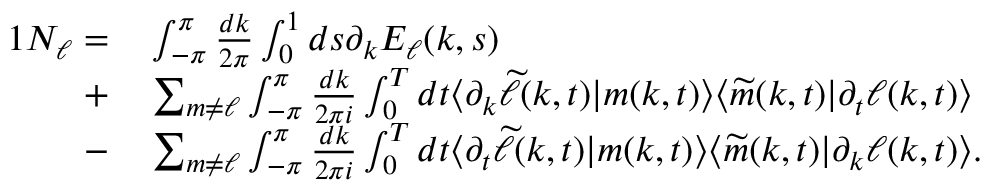
\begin{array} { r l } { { 1 } N _ { \ell } = } & { { } \int _ { - \pi } ^ { \pi } \frac { d k } { 2 \pi } \int _ { 0 } ^ { 1 } d s \partial _ { k } E _ { \ell } ( k , s ) } \\ { + } & { { } \sum _ { m \neq \ell } \int _ { - \pi } ^ { \pi } \frac { d k } { 2 \pi i } \int _ { 0 } ^ { T } d t \langle \partial _ { k } \widetilde { \ell } ( k , t ) | m ( k , t ) \rangle \langle \widetilde { m } ( k , t ) | \partial _ { t } \ell ( k , t ) \rangle } \\ { - } & { { } \sum _ { m \neq \ell } \int _ { - \pi } ^ { \pi } \frac { d k } { 2 \pi i } \int _ { 0 } ^ { T } d t \langle \partial _ { t } \widetilde { \ell } ( k , t ) | m ( k , t ) \rangle \langle \widetilde { m } ( k , t ) | \partial _ { k } \ell ( k , t ) \rangle . } \end{array}